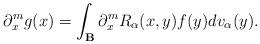
LaTeX: \begin{align*}\partial_{x}^{m}g(x)=\int_{\mathbf{B}}\partial_{x}^{m} R_{\alpha}(x,y)f(y)dv_{\alpha}(y).\end{align*}